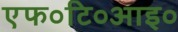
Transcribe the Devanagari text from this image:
एफ०टि०आइ०